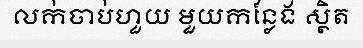
លក់ចាប់ហួយ មួយកន្លែង ស្ថិត